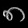
Digit: ၈